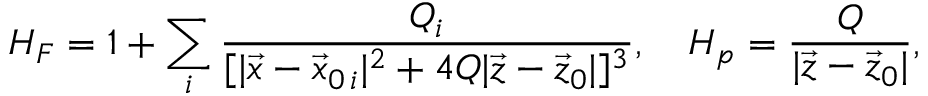
H _ { F } = 1 + \sum _ { i } { \frac { Q _ { i } } { [ | \vec { x } - \vec { x } _ { 0 \, i } | ^ { 2 } + 4 Q | \vec { z } - \vec { z } _ { 0 } | ] ^ { 3 } } } , \ \ \ H _ { p } = { \frac { Q } { | \vec { z } - \vec { z } _ { 0 } | } } ,